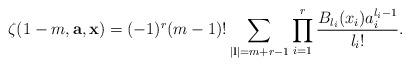
LaTeX: \begin{align*} \zeta(1-m,\mathbf a,\mathbf x)=(-1)^r(m-1)!\sum_{|\mathbf l|=m+r-1} \prod_{i=1}^r \frac{B_{l_i}(x_i)a_i^{l_i-1}}{l_i!}.\end{align*}